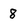
Character: 8